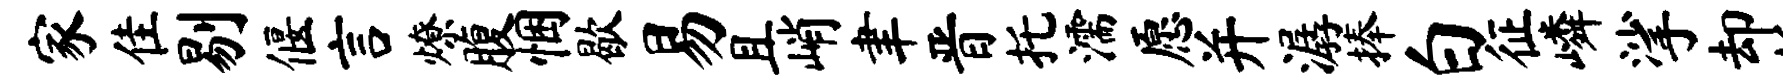
家隹剔偃言燎腹悃歇易且峭聿晋托濡愿并潺捧白征嶙挲却折